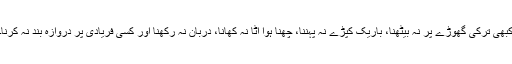
کبھی ترکی گھوڑے پر نہ بیٹھنا، باریک کپڑے نہ پہننا، چھنا ہوا آٹا نہ کھانا، دربان نہ رکھنا اور کسی فریادی پر دروازہ بند نہ کرنا۔